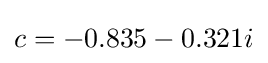
c=-0.835-0.321i